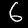
Digit: 6